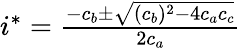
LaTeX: \begin{array}{r}{i^{*}=\frac{-c_{b}\pm\sqrt{(c_{b})^{2}-4c_{a}c_{c}}}{2c_{a}}}\end{array}